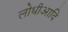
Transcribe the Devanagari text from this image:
लोधीआदि